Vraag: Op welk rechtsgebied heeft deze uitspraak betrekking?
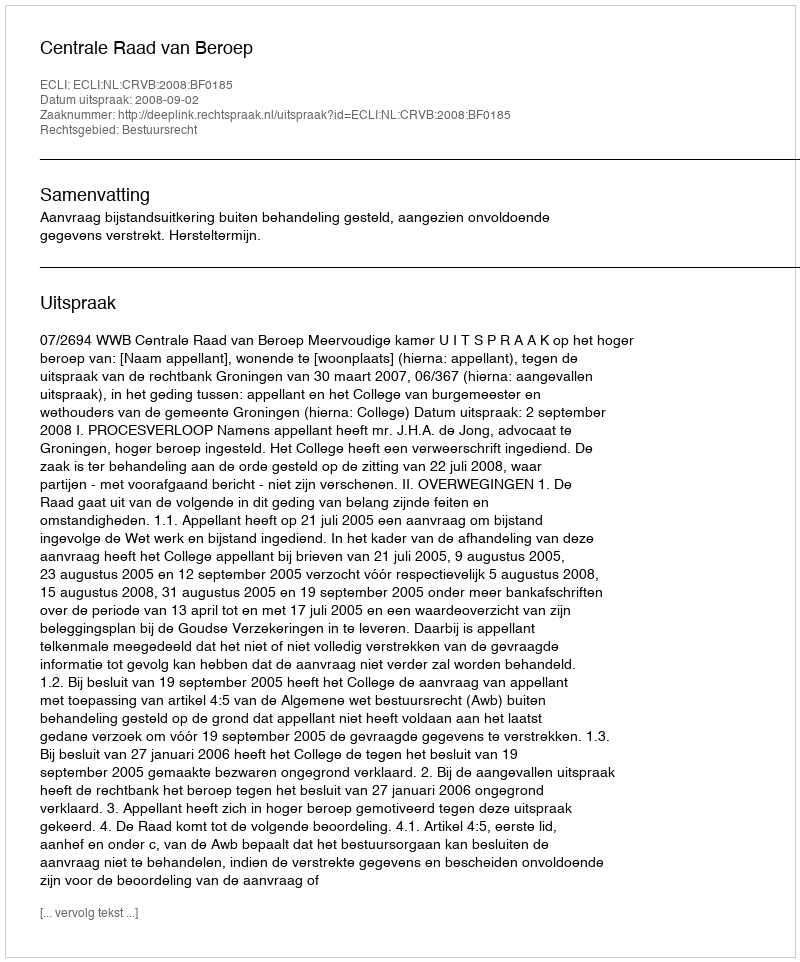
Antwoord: Bestuursrecht